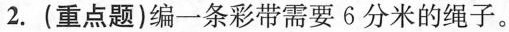
2.(重点题)编一条彩带需要6分米的绳子。